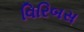
વિરિબસ